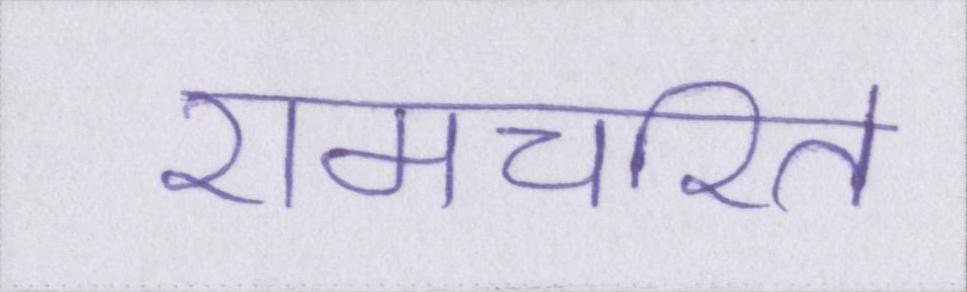
रामचरित